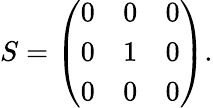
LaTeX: \begin{array}{r}{S=\left(\begin{array}{lll}{0}&{0}&{0}\\ {0}&{1}&{0}\\ {0}&{0}&{0}\end{array}\right).}\end{array}